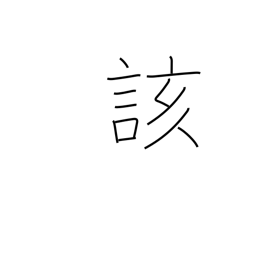
Meaning: above-stated